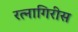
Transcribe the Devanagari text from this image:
रत्नागिरीस